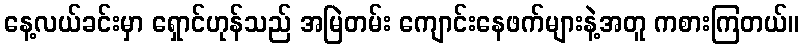
နေ့လယ်ခင်းမှာ ရှောင်ဟုန်သည် အမြဲတမ်း ကျောင်းနေဖက်များနဲ့အတူ ကစားကြတယ်။